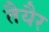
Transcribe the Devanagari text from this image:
तैयैर